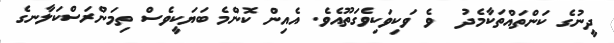
ދީނުގެ ކަންތައްތަކާމެދު  ވެ ވަކިވަކިވެގަތޫއެވެ. އެއިން ކޮންމެ ބަޔަކީވެސް ތިމަންރަސްކަލާނގެ